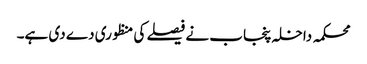
محکمہ داخلہ پنجاب نے فیصلے کی منظوری دے دی ہے۔